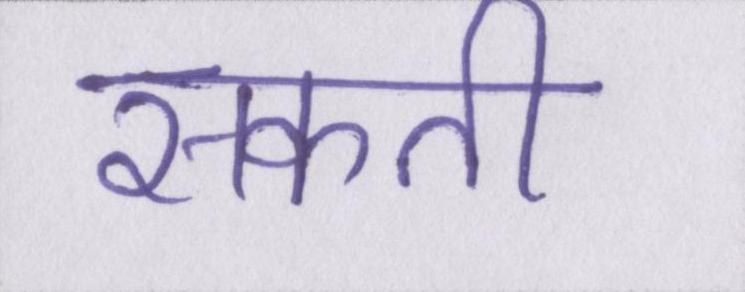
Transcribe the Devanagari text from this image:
सकती